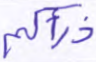
ذرأكم